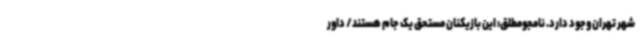
شهر تهران وجود دارد. نامجومطلق: این بازیکنان مستحق یک جام هستند/ داور